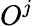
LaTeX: O^{j}